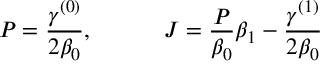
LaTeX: P = { \frac { \gamma ^ { ( 0 ) } } { 2 \beta _ { 0 } } } , ~ ~ ~ ~ ~ ~ ~ ~ ~ J = { \frac { P } { \beta _ { 0 } } } \beta _ { 1 } - { \frac { \gamma ^ { ( 1 ) } } { 2 \beta _ { 0 } } }